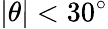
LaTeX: |\theta|<30^{\circ}